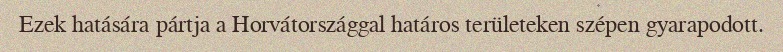
Ezek hatására pártja a Horvátországgal határos területeken szépen gyarapodott.